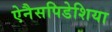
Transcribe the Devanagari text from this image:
ऐनैसपिडेशिया